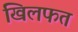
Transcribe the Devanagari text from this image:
खिलफत